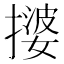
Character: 𫾀